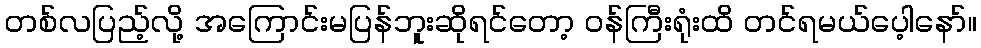
တစ်လပြည့်လို့ အကြောင်းမပြန်ဘူးဆိုရင်တော့ ဝန်ကြီးရုံးထိ တင်ရမယ်ပေ့ါနော်။